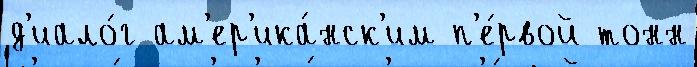
д'иало́г ам'ер'ика́нск'им п'е́рвой тонн